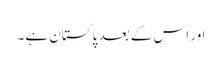
اور اس کے بعد پاکستان ہے۔